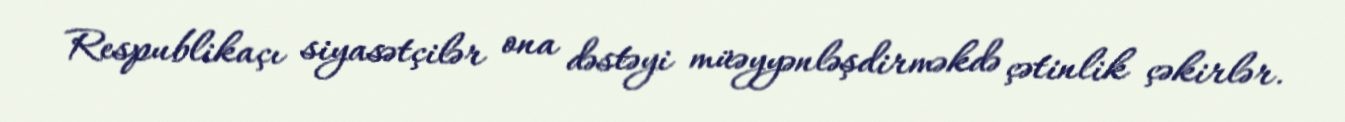
Respublikaçı siyasətçilər ona dəstəyi müəyyənləşdirməkdə çətinlik çəkirlər.